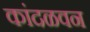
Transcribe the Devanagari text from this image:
कांदळवन